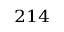
^ { 2 1 4 }